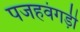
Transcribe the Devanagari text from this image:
पजहवंगड़ी